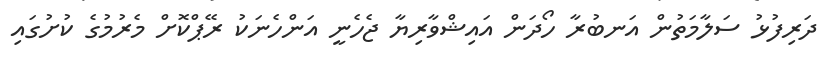
ދަރިފުޅު ސަލާމަތުން އަނބުރާ ހޯދަން އައިޝްވާރިޔާ ޖެހެނީ އަންހެނަކު ރޭޕްކޮށް މެރުމުގެ ކުށުގައި